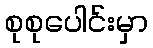
စုစုပေါင်းမှာ